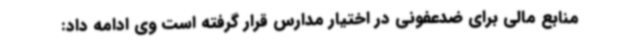
منابع مالی برای ضدعفونی در اختیار مدارس قرار گرفته است وی ادامه داد: